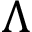
\Lambda